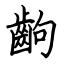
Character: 齣